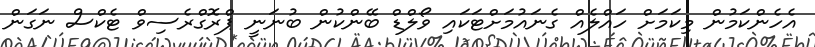
އެހެންކަމުން މިކަމަށް ހައްލެއް ގެނައުމަށްޓަކައި ވޯލްޑް ބޭންކުން ބުނަނީ ޕްރޮގްރެސިވް ޓެކްސް ނަގަން